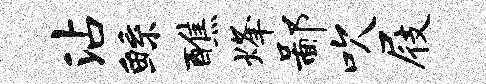
沾鲧醮烽鄙吹屐